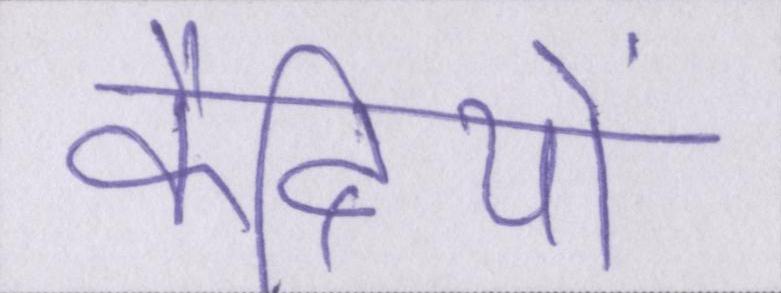
कैदियों